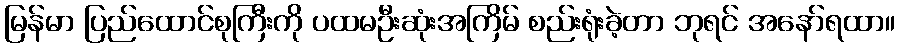
မြန်မာ ပြည်ထောင်စုကြီးကို ပထမဦးဆုံးအကြိမ် စည်းရုံးခဲ့တာ ဘုရင် အနော်ရထာ။